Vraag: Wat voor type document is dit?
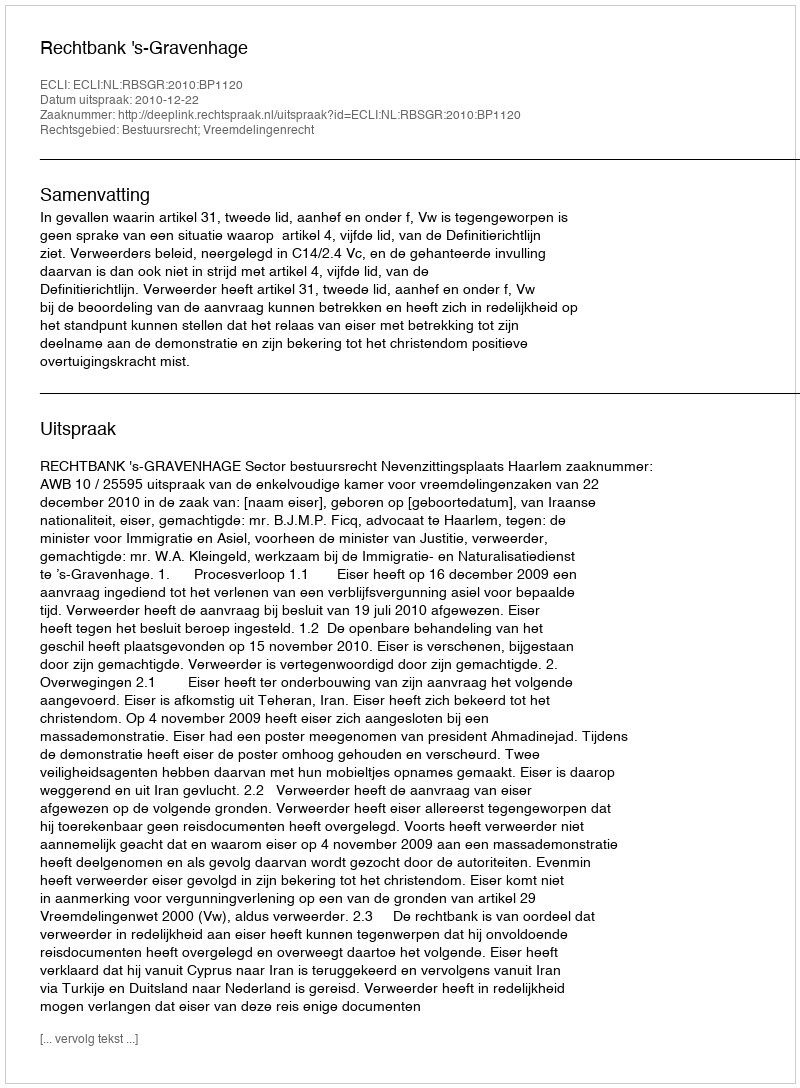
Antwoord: Uitspraak